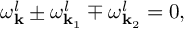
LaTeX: \omega _ { \bf k } ^ { l } \pm \omega _ { { \bf k } _ { 1 } } ^ { l } \mp \omega _ { { \bf k } _ { 2 } } ^ { l } = 0 ,